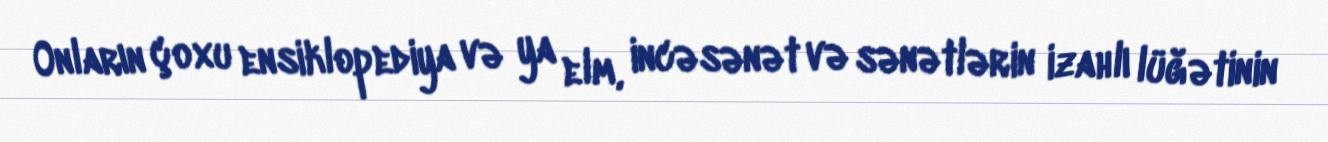
Onların çoxu ensiklopediya və ya elm, incəsənət və sənətlərin izahlı lüğətinin